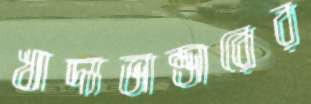
খাদ্যভান্ডারের